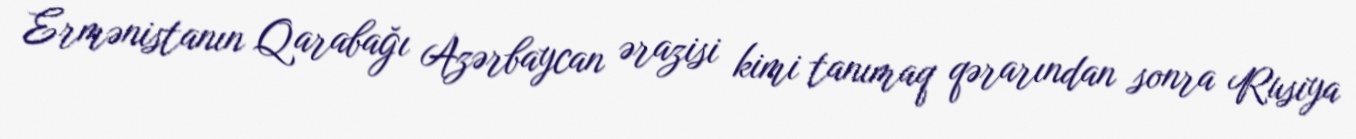
Ermənistanın Qarabağı Azərbaycan ərazisi kimi tanımaq qərarından sonra Rusiya